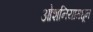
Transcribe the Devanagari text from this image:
ओशनियामधून